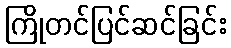
ကြိုတင်ပြင်ဆင်ခြင်း